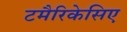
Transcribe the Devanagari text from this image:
टमैरिकेसिए